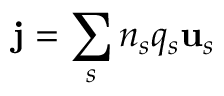
{ \bf j } = \sum _ { s } n _ { s } q _ { s } { \bf u } _ { s }